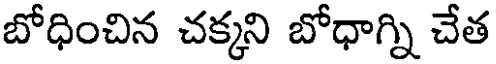
బోధించిన చక్కని బోధాగ్ని చేత